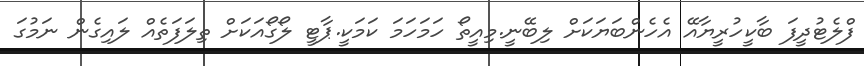
ފްލެޓުދީފަ ބާކީހުރީޔާއޭ އެހެންބަޔަކަށް ލިބޭނީ.މިއީތޯ ހަމަހަމަ ކަމަކީ.ޕާޓީ ލޯގޯއަކަށް ތިލަފަތެއް ލައިގެން ނަމުގަ